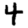
Digit: 4